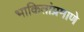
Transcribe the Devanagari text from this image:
भाकितांप्रमाणे